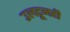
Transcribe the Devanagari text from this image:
उलटूनही